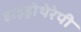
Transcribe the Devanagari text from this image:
हाइड्रोथेरेपी